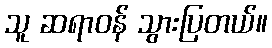
သူ ဆရာဝန် သွားပြတယ်။